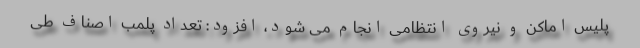
پلیس اماکن و نیروی انتظامی انجام می شود، افزود: تعداد پلمب اصناف طی